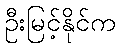
ဦးမြင့်နိုင်က